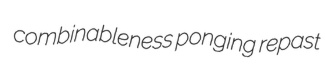
combinableness ponging repast